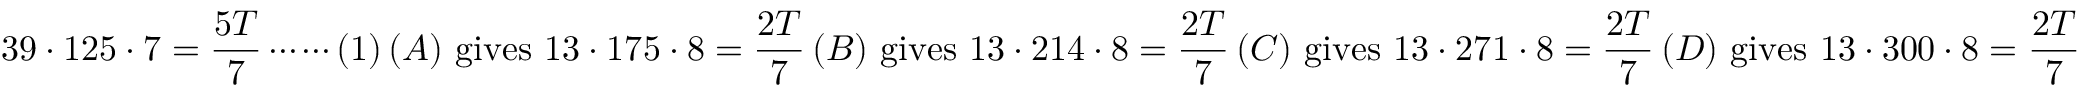
3 9 \cdot 1 2 5 \cdot 7 = \frac { 5 T } { 7 } \cdots \cdots ( 1 ) \, ( A ) \mathrm { ~ g i v e s ~ } 1 3 \cdot 1 7 5 \cdot 8 = \frac { 2 T } { 7 } \, ( B ) \mathrm { ~ g i v e s ~ } 1 3 \cdot 2 1 4 \cdot 8 = \frac { 2 T } { 7 } \, ( C ) \mathrm { ~ g i v e s ~ } 1 3 \cdot 2 7 1 \cdot 8 = \frac { 2 T } { 7 } \, ( D ) \mathrm { ~ g i v e s ~ } 1 3 \cdot 3 0 0 \cdot 8 = \frac { 2 T } { 7 }